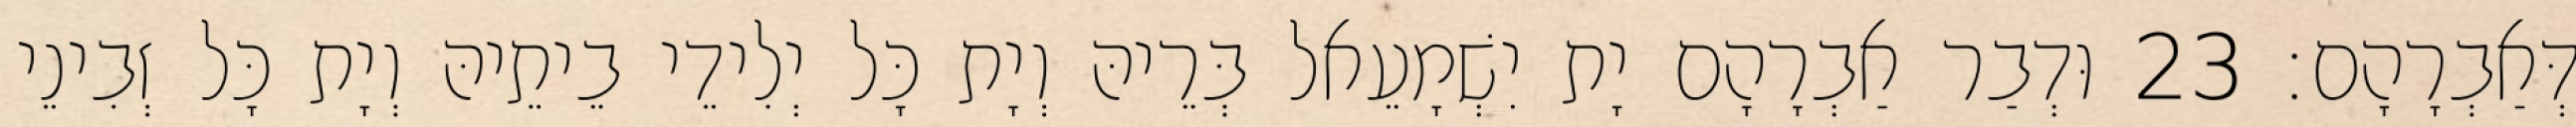
דְּאַבְרָהָם׃ 23 וּדְבַר אַבְרָהָם יָת יִשְׁמָעֵאל בְּרֵיהּ וְיָת כָּל יְלִידֵי בֵיתֵיהּ וְיָת כָּל זְבִינֵי